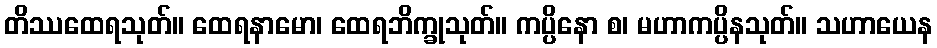
တိဿထေရသုတ်။ ထေရနာမော၊ ထေရဘိက္ခုသုတ်။ ကပ္ပိနော စ၊ မဟာကပ္ပိနသုတ်။ သဟာယေန